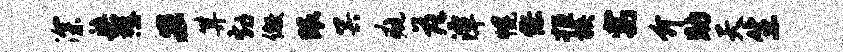
深染懋宏算勃儆眼冥疵落潭幌缪拒族寓介助天生